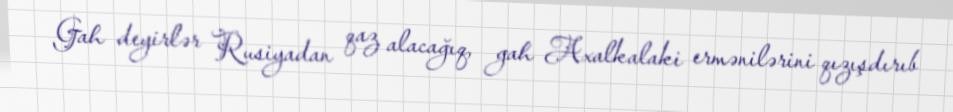
Gah deyirlər Rusiyadan qaz alacağıq, gah Axalkalaki ermənilərini qızışdırıb